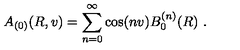
A _ { ( 0 ) } ( R , v ) = \sum _ { n = 0 } ^ { \infty } \cos ( n v ) B _ { 0 } ^ { ( n ) } ( R ) \ .